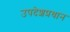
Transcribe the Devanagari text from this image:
उपदेशप्रधान